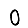
Digit: 0